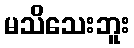
မသိသေးဘူး